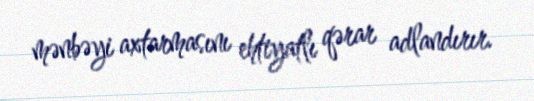
mənbəyi axtarmasını ehtiyatlı qərar adlandırır.